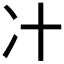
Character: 𰃵